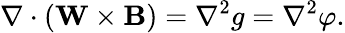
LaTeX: \nabla\cdot(\mathbf{W}\times\mathbf B)=\nabla^{2}g=\nabla^{2}\varphi.